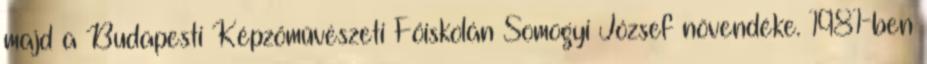
majd a Budapesti Képzőművészeti Főiskolán Somogyi József növendéke. 1981-ben